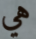
هي